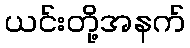
ယင်းတို့အနက်